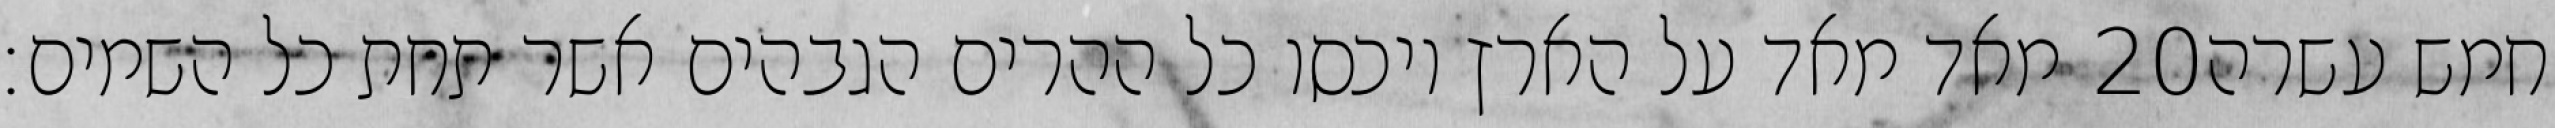
מאד מאד על הארץ ויכסו כל ההרים הגבהים אשר תחת כל השמים׃ ‎20‏ חמש עשרה